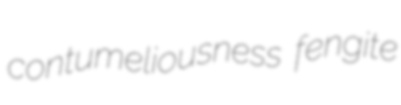
contumeliousness fengite